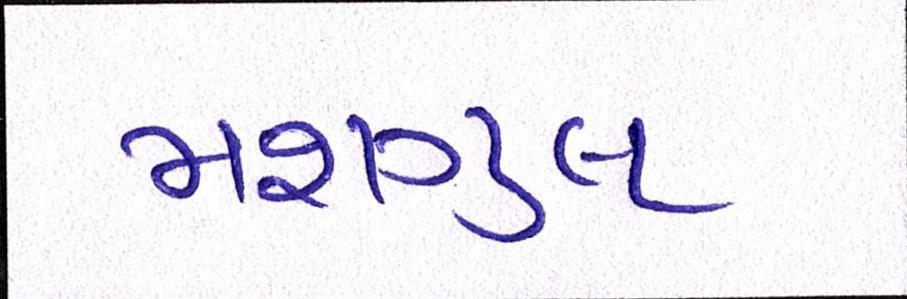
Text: મશગુલ